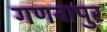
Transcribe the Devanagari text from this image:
गणनापुर